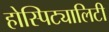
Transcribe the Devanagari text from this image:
होस्पिट्यालिटी